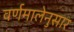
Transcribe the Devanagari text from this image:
वर्णमालेनुसार